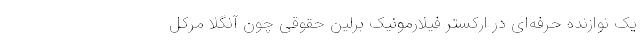
یک نوازنده حرفه‌ای در ارکستر فیلارمونیک برلین حقوقی چون آنگلا مرکل